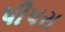
પીપરા